Annual report on the lock hospitals of the Madras Presidency
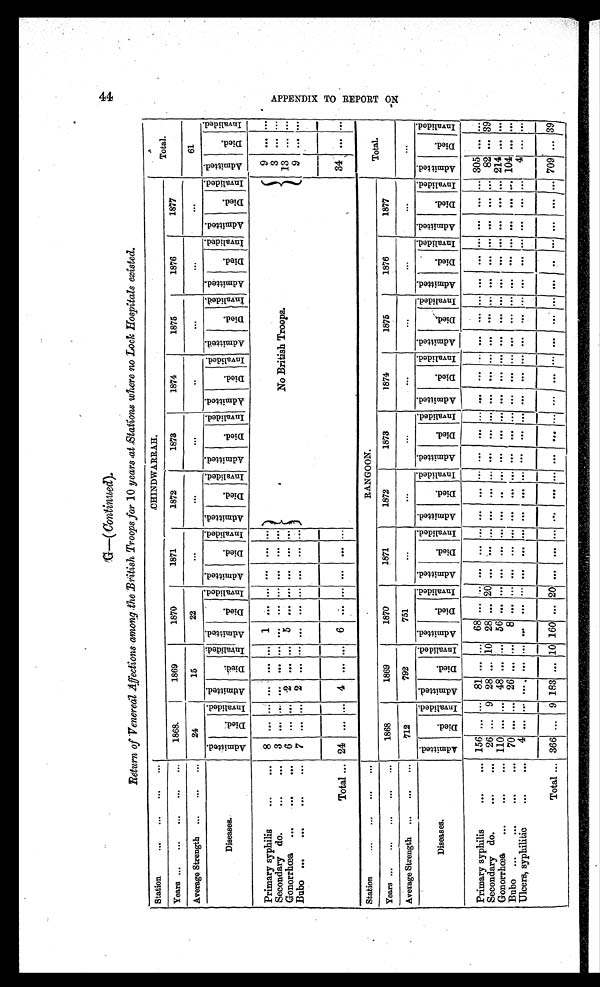
4 4
G—(Continued).
Return of Venereal Affections among the British Troops far 10 years at Stations where no Lock Hospitals existed.
Station
... ... ...
C H I N D W A R R A H .
Total.
Years ...
...
... 1868.
1869
1870
1871
1872
1873
1874
1875
1876
1877
Average Strength ...
...
24
15
22
. . .
. . .
. . .
. . .
...
. . .
...
61
D i s e a s e s
A d m i t t e d .
Di e d.
I n v a l i d e d . A d m i t t e d .
Died.
I n v a l i d e d . A d m i t t e d .
D i e d .
I n v a l i d e d . A d m i t t e d .
D i e d .
I n v a l i d e d . A d m i t t e d . Died. I n v a l i d e d . A d m i t t e d .
D i e d .
I n v a l i d e d . A d m i t t e d .
Di ed.
I n v a l i d e d . A d m i t t e d .
D i e d .
I n v a l i d e d . A d m i t t e d . Died. I n v a l i d e d . A d m i t t e d .
D i e d .
I n v a l i d e d .
Ad mi t t e d .
D i e d .
I n v a l i d e d .
Primary syphilis
... 8 ... ... ... ... ... 1 ... ... . . . ... ...
No British Troops.
9 ... ...
Secondary do.
...
... 3 ... ... ... . . . .... . . . . . . .. . . . . . . . ....
3 ... ..
Gonorrhœa -
...
...
6 ... ... 2
. . . ... 5 ... ... . . . ... ...
13 ... ...
Bubo ... ...
. . .
7 ... ... 2
. . .
...
... ... ... . . . . . . ...
9
... ...
Total... 24 ... ...
4
. . . ... 6 ... ... . . . . . . ...
34 ... ...
Station
... ... ... ...
RANGOON.
Total.
Years ... ... ... ... ...
1868
1869
1870
1871
1872
1873
1874
1875
1876
1877
Average Strength ... ... ...
712
792
751
. . .
. . .
. . . ...
. . .
...
. . .
. . .
D i s e a s e s .
A d m i t t e d .
Di e d .
I n v a l i d e d . A d m i t t e d .
D i e d .
I n v a l i d e d . A d m i t t e d .
D i e d .
I n v a l i d e d . A d m i t t e d .
D i e d .
I n v a l i d e d . A d m i t t e d .
D i e d .
I n v a l i d e d . A d m i t t e d .
Di ed.
I n v a l i d e d . A d m i t t e d .
Di ed.
I n v a l i d e d . A d m i t t e d .
Di ed.
I n v a l i d e d . A d m i t t e d .
D i e d .
I n v a l i d e d . A d m i t t e d .
D i e d .
I n v a l i d e d . A d m i t t e d .
D i e d .
I n v a l i d e d .
Primary syphilis
...
... 156 ... ... 81 . . . ... 68 ... ... . . . ... ... . . . ... ... ... ... ... . . . ... ... ... . . . ... ... ... ... ... ... ... 305 . . . ...
Secondary do.
...
... 26 ... 9 28 . . . 10 28 ... 20 . . . ... ... . . . ... ... ... ... ... . . . ... ... . . . . . . ... ... ... ... ... ... ... 82 ... 39
Gonorrhœa ...
...
... 110 ... ... 48 . . . ... 56 . . . ... . . . . . . ... . . . . . . . ... . . . ... ... . . . ... ... . . . . . . ... ... . . . ... ... ... ... 214 ... ...
Bubo ...
...
... 70 ... ... 26 . . . . . . 8 ... ... . . . . . . ... . . . . . . . ... . . . ...
. . . ... ... . . . . . . ... ... . . . ... . . . . . . ... 104 ... ...
Ulcers, syphilitic
...
... 4 ... ... ... . . . ... . . . . . . ... . . . . . . ... . . . ... ... ... ... ... . . . ... ... ... . . . ... ... . . . ... . . . . . . ... 4 ... ...
Total... 366 ...
9
1 8 3
... 1 0
1 6 0 ...
2 0
. . . ...
......
...
...
... ...
...
... ... ... ... . . . ... ... ... ... ... ... ... 709 ... 39
A P P E N D I X T O R E P O R T O N